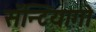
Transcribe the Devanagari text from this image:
सॅन्टियागो